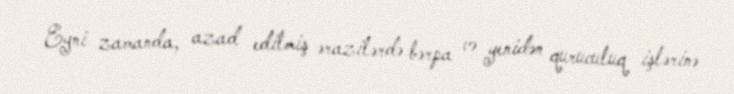
Eyni zamanda, azad edilmiş ərazilərdə bərpa və yenidən quruculuq işlərinə